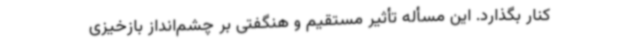
کنار بگذارد. این مسأله تأثیر مستقیم و هنگفتی بر چشم‌انداز بازخیزی